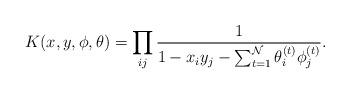
LaTeX: \begin{align*}K(x,y,\phi,\theta) = \prod_{ij} \frac{1}{1-x_iy_j - \sum_{t=1}^{\mathcal{N}}\theta_i^{(t)}\phi_j^{(t)}}.\end{align*}